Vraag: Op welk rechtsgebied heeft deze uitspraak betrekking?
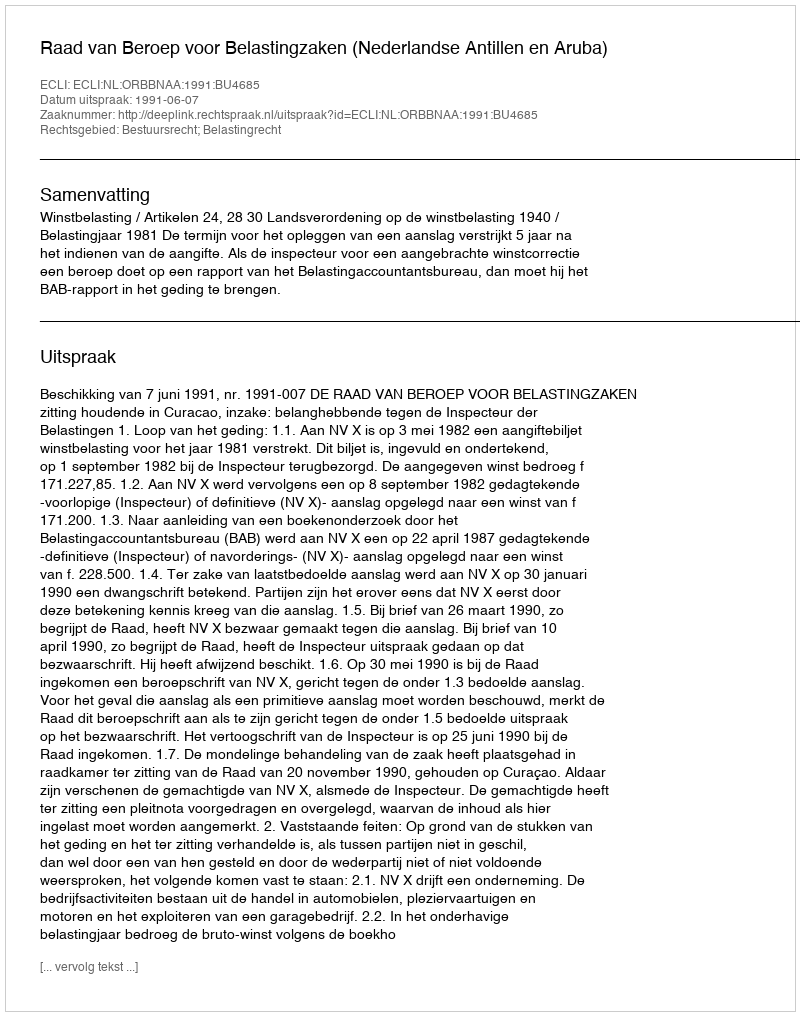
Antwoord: Bestuursrecht; Belastingrecht